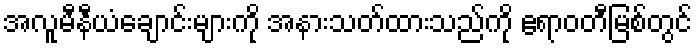
အလူမီနီယံချောင်းများကို အနားသတ်ထားသည်ကို ဧရာဝတီမြစ်တွင်